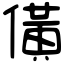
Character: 僙